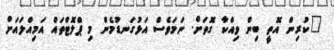
"ކުރިން އޮތީ ބިން ވިއްކާ ގޮތަށް. ނަމަވެސް އަޅުގަނޑުމެން މި ޕްލޮޓްތައް އަމިއްލައަށް